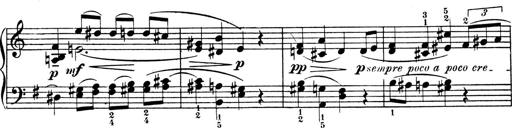
Title: 4 Sonatines
Composer: Max Reger